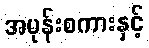
အမုန်းစကားနှင့်